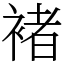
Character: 褚